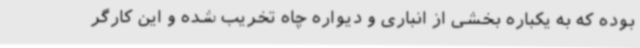
بوده که به یکباره بخشی از انباری و دیواره چاه تخریب شده و این کارگر